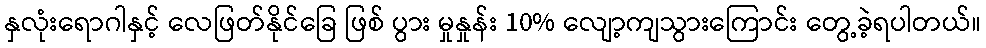
နှလုံးရောဂါနှင့် လေဖြတ်နိုင်ခြေ ဖြစ် ပွား မှုနှုန်း 10% လျော့ကျသွားကြောင်း တွေ့ခဲ့ရပါတယ်။